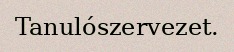
Tanulószervezet.